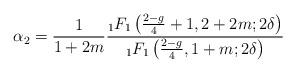
LaTeX: \begin{align*}\alpha_2={1\over 1+2m}{_1F_1\left({2-g\over 4}+1,2+2m;2\delta\right)\over_1F_1\left({2-g\over 4},1+m;2\delta\right)}\end{align*}